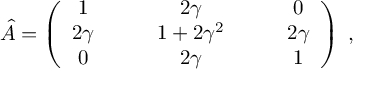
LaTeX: \hat { A } = \left( \begin{array} { c c c c c } { { 1 } } & { { \quad } } & { { 2 \gamma } } & { { \quad } } & { { 0 } } \\ { { 2 \gamma } } & { { \quad } } & { { 1 + 2 \gamma ^ { 2 } } } & { { \quad } } & { { 2 \gamma } } \\ { { 0 } } & { { \quad } } & { { 2 \gamma } } & { { \quad } } & { { 1 } } \end{array} \right) \; ,